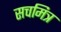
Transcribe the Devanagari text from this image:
सचमित्र